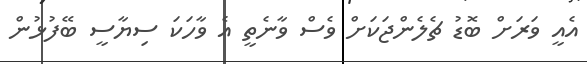
އެއީ ވަރަށް ބޮޑު ޗެލެންޖަކަށް ވެސް ވާނެތީ އެ ވާހަކަ ސިޔާސީ ބޭފުޅުން